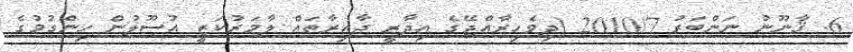
6. ޤާނޫނު ނަންބަރު 2010/7 (ދިވެހިރާއްޖޭގެ އިދާރީ ދާއިރާތައް ލާމަރުކަޒީ އުސޫލުން ހިންގުމުގެ